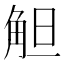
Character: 觛